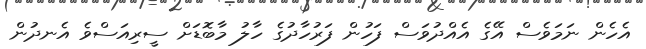
އެހެން ނަމަވެސް އޭގެ އެއްދުވަސް ފަހުން ފަރުހާދުގެ ހާލު މާބޮޑަށް ސީރިއަސްވެ އެނދުން